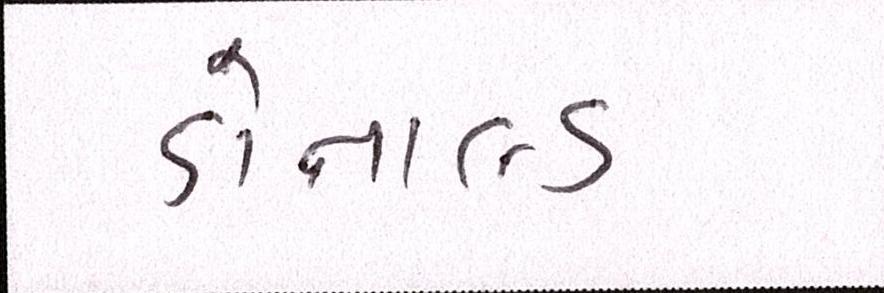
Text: ડોનાલ્ડ